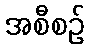
အစီစဉ်